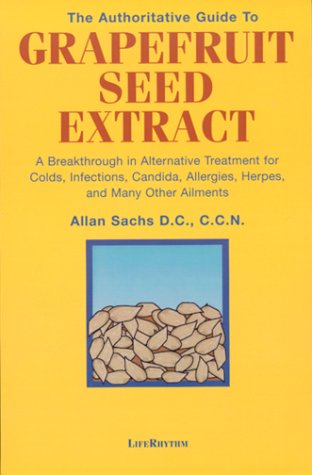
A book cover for The Authoritative Guide to Grapefruit Seed Extract : Stay Healthy Naturally : A Natural Alternative for Treating Colds, Infections, Herpes, Candida and Many Other Ailments; Allan Sachs; Health, Fitness & Dieting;